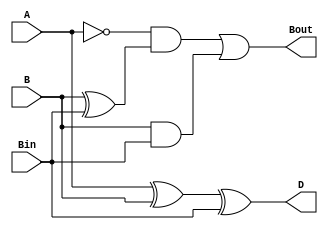
`timescale 1ns / 1ps
//////////////////////////////////////////////////////////////////////////////////
// Module Name:full_sub
//////////////////////////////////////////////////////////////////////////////////


module full_sub (D, Bin, Bout, A, B);
    input A, B, Bin; 
	output Bout, D;

	assign D = A ^ B ^ Bin;
	assign Bout = (~A & (B^Bin)) | (B & Bin);
         
endmodule